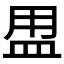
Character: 𥁎